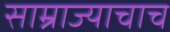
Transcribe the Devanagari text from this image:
साम्राज्याचाच